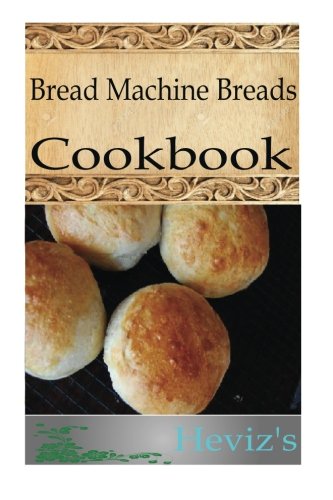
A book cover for Bread Machine Breads; Heviz's; Cookbooks, Food & Wine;